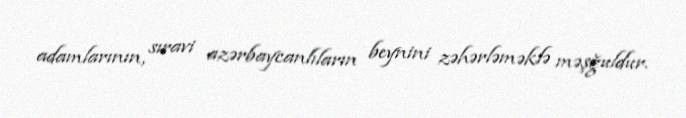
adamlarının, sıravi azərbaycanlıların beynini zəhərləməklə məşğuldur.